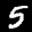
Label: 5